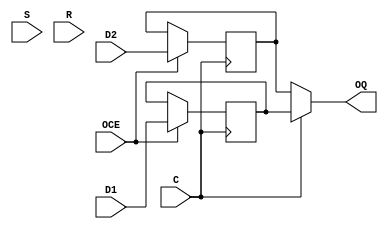
module oddr_wrapper (
    input  wire C,
    input  wire OCE,
    input  wire S,
    input  wire R,
    input  wire D1,
    input  wire D2,
    output wire OQ
);
    parameter USE_PHY_ODDR  = 0;
    parameter SRTYPE        = "SYNC";
    parameter INIT          = 0;
    parameter DDR_CLK_EDGE  = "OPPOSITE_EDGE";

    // Use a physical ODDR block
    generate if (USE_PHY_ODDR != 0) begin

        ODDR # (
            .SRTYPE         (SRTYPE),
            .INIT           (INIT),
            .DDR_CLK_EDGE   (DDR_CLK_EDGE)

        ) the_oddr (
            .C              (C),
            .CE             (OCE),
            .S              (S),
            .R              (R),
            .D1             (D1),
            .D2             (D2),
            .Q              (OQ)
        );

    // Simulate ODDR behavior using logic
    // TODO: Reset/Set SYNC/ASYNC
    end else begin

        reg q1;
        reg q2;

        initial q1 <= INIT;
        initial q2 <= INIT;

        // OPPOSITE_EDGE
        if(DDR_CLK_EDGE == "OPPOSITE_EDGE") begin

            always @(posedge C)
                if (OCE)
                    q1 <= D1;

            always @(negedge C)
                if (OCE)
                    q2 <= D2;

        // SAME_EDGE
        end else if (DDR_CLK_EDGE == "SAME_EDGE" || DDR_CLK_EDGE == "SAME_EDGE_PIPELINED") begin

            always @(posedge C)
                if (OCE)
                    q1 <= D1;

            always @(posedge C)
                if (OCE)
                    q2 <= D2;

        end

        // Use clock as a mux select FIXME: This shouldn't be done this way!
        assign OQ = (C) ? q1 : q2;

    end endgenerate

endmodule